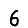
Digit: 6